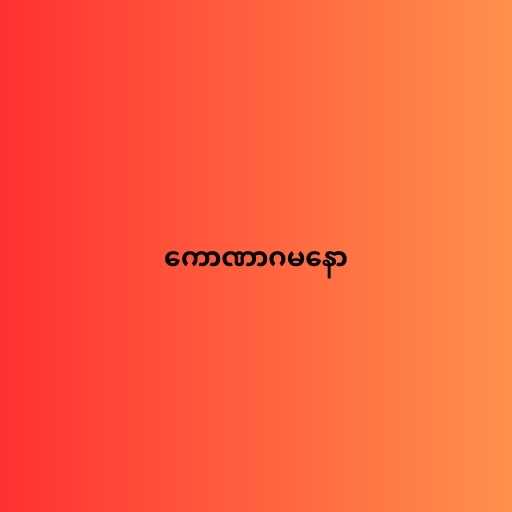
ကောဏာဂမနော